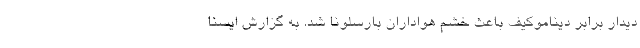
دیدار برابر دیناموکیف باعث خشم هواداران بارسلونا شد. به گزارش ایسنا